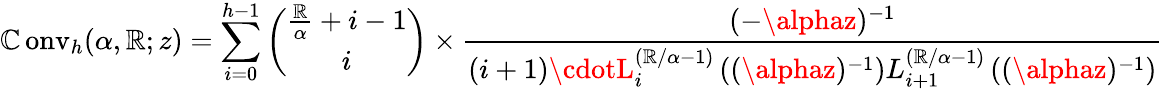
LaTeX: \operatorname{\mathbb{C}onv}_{h}(\alpha,\mathbb{R};z)=\sum_{i=0}^{h-1}{\binom{{\frac{{\mathbb{R}}}{{\alpha}}}+i-1}{i}}\times{\frac{{(-\alphaz)^{-1}}}{{(i+1)\cdotL_{i}^{\left(\mathbb{R}/\alpha-1\right)}\left((\alphaz)^{-1}\right)L_{i+1}^{\left(\mathbb{R}/\alpha-1\right)}\left((\alphaz)^{-1}\right)}}}